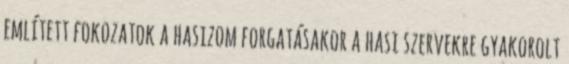
említett fokozatok a hasizom forgatásakor a hasi szervekre gyakorolt